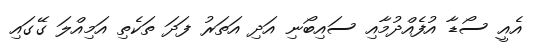
އެއީ ސޯޑާ އުފެއްދުމާއި ސައިބޯނި އަދި އަތަރު ފަދަ ތަކެތި އަމިއްލަ ގޭގައި